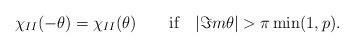
LaTeX: \begin{align*}\chi _{II}(-\theta )=\chi _{II}(\theta )\qquad \textrm{if}\quad |\Im m\theta |>\pi \min (1,p).\end{align*}